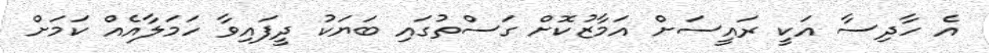
އެ ހާދިސާ އަކީ ރައީސަށް އަމާޒުކޮށް ގަސްތުގައި ބަޔަކު ދީފައިވާ ހަމަލާއެއް ކަމަށް